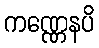
ကဏ္ဏေနပိ